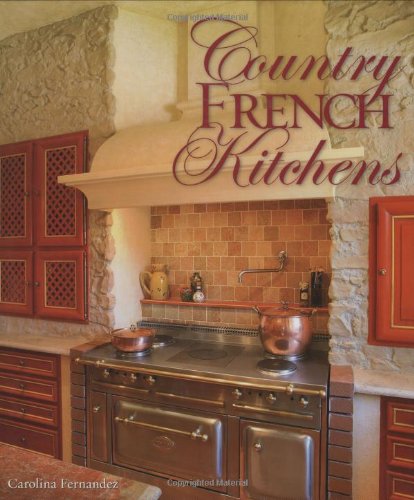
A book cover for Country French Kitchens; Carolina Fernandez; Arts & Photography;